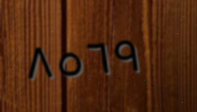
٨٥٦٩